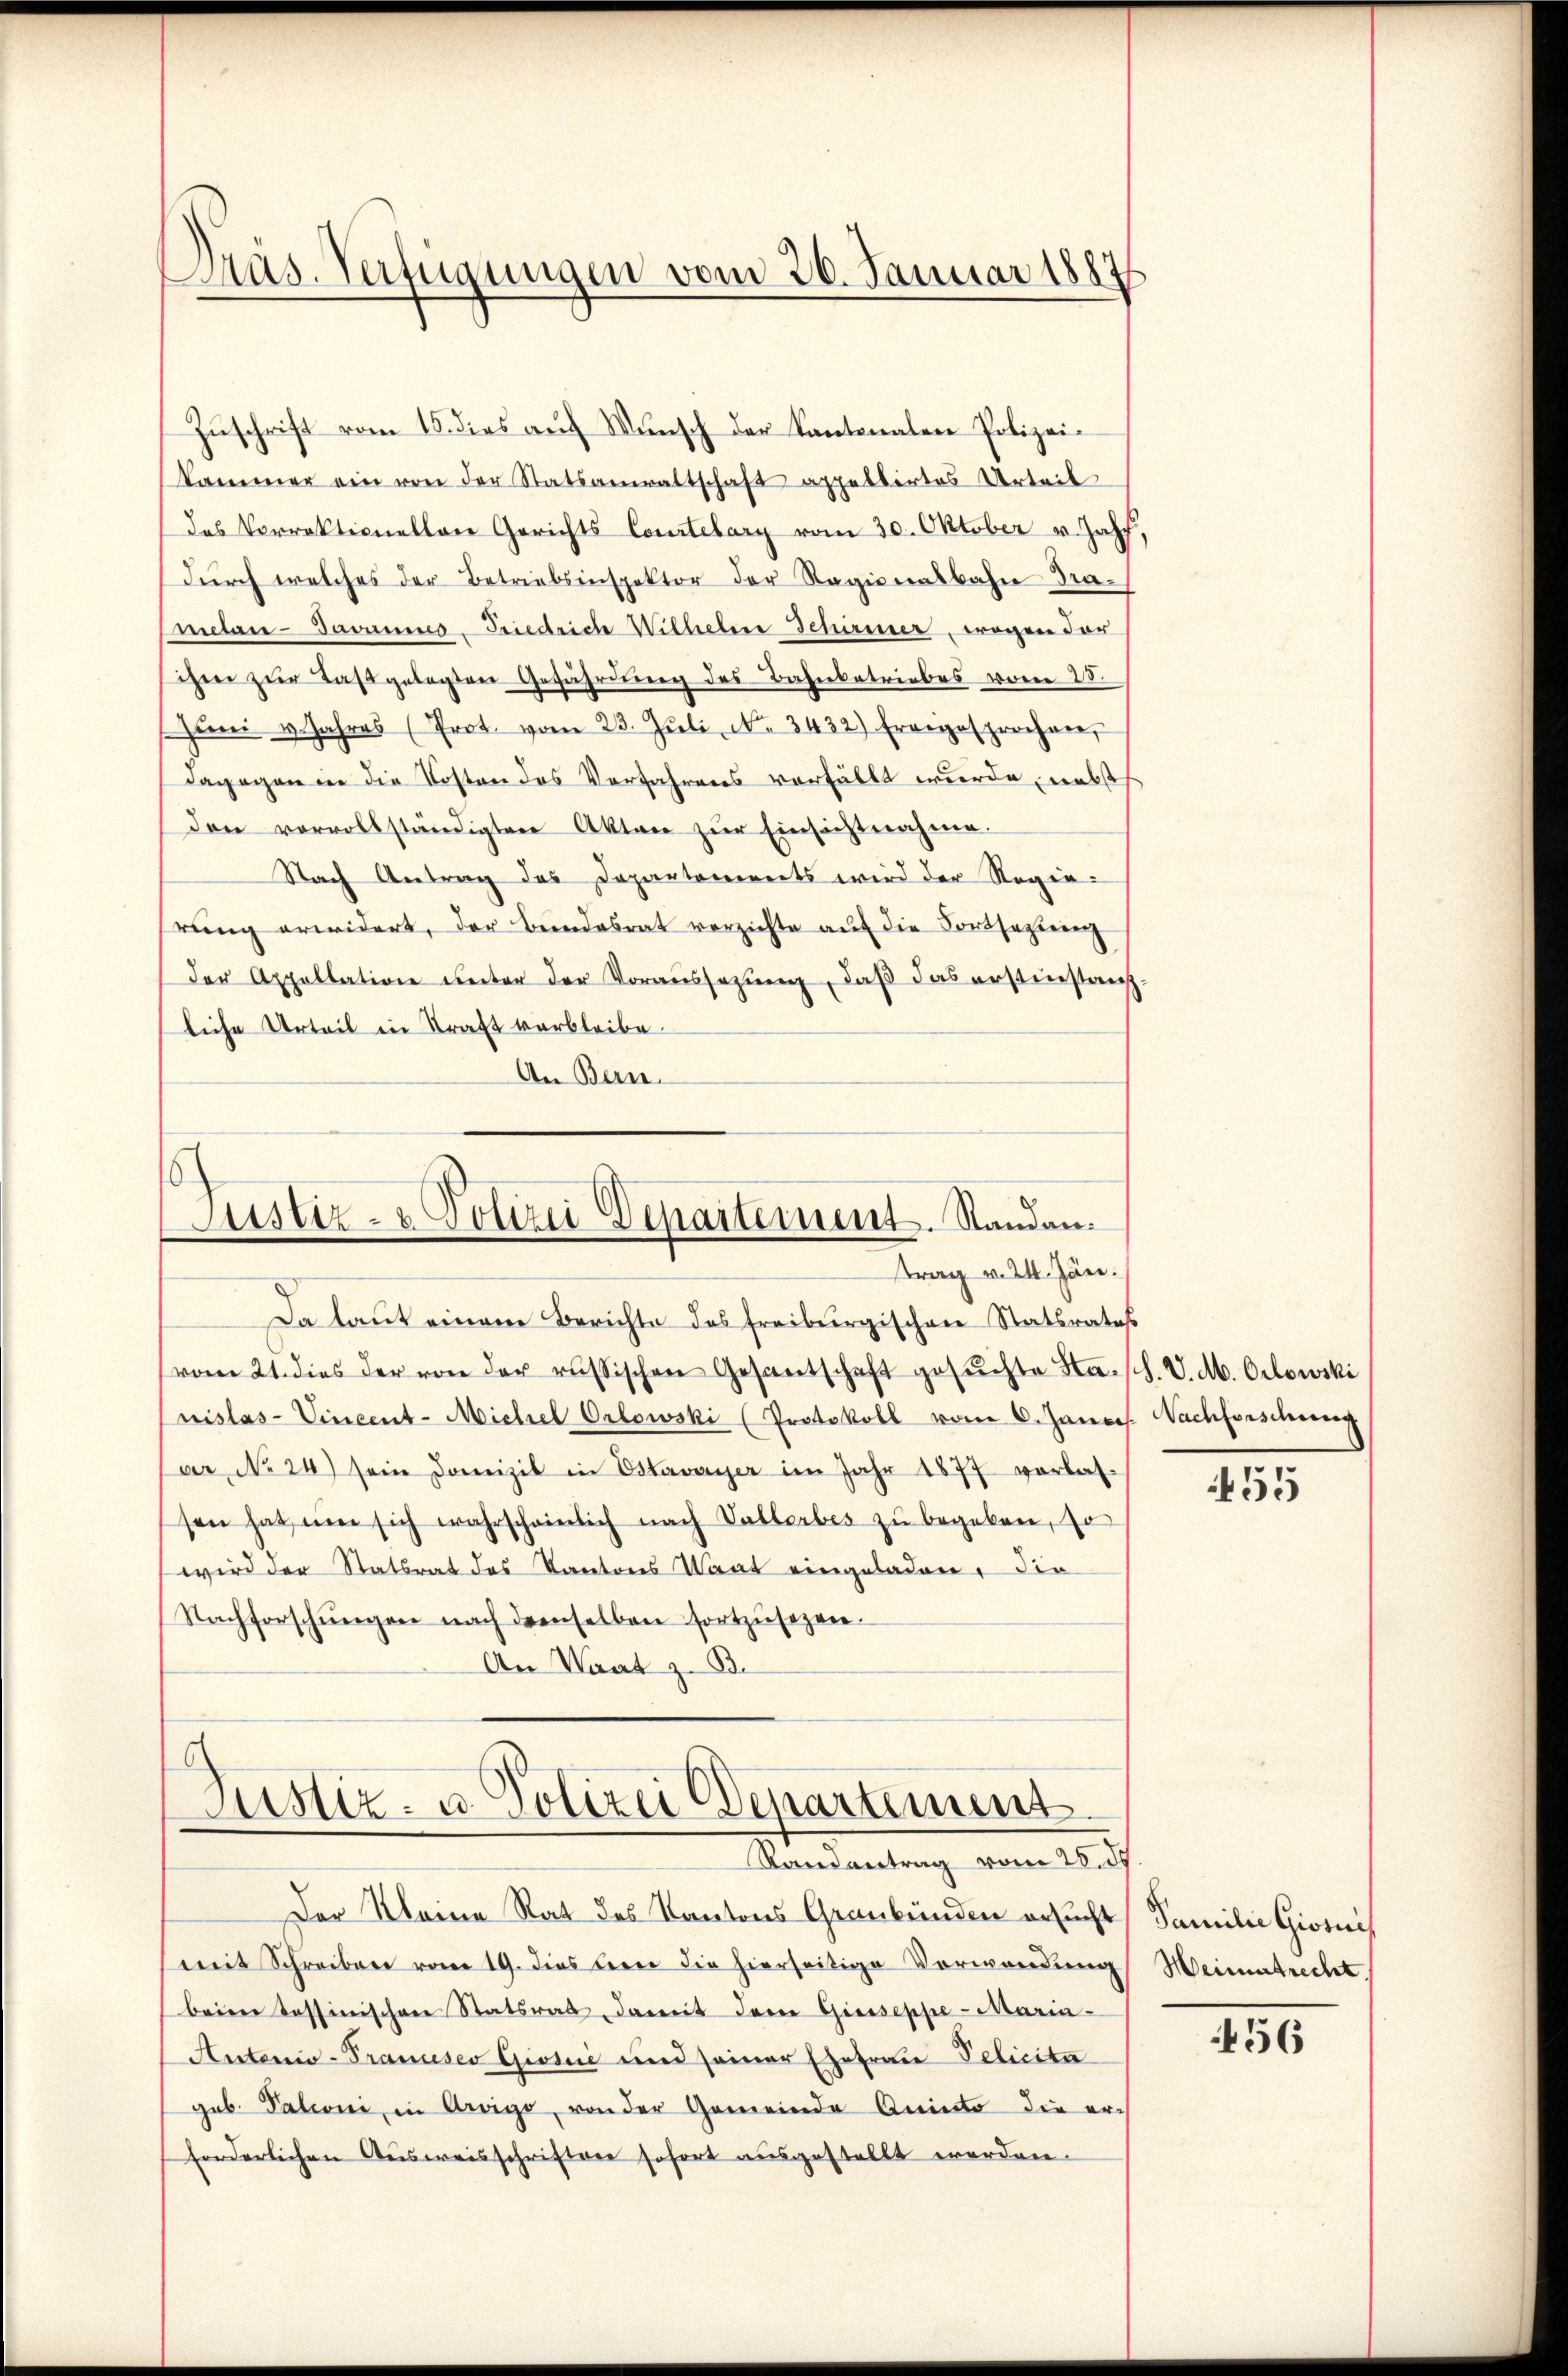
Dräs. Verfügungen vom 26. Januar 1887

Zŭschrift vom 15. dies auf Wunsch der Kantonalen Polizeikammer ein von der Statsanwaltschaft appellirtes Urteil
das Vorrektionellen Gerichts Courtelary vom 30. Oktober v. Jahr,
dŭrch welches der Betriebsinspektor der Ragionalbahn drameter- Javannes- Friedrich Wilhelm Schirmer, wegen der
chen zur Tas gelegten Gefahrung des Bahnbetriebes vom 25.
Jŭni 4 Jahres (Prot. vom 23. Jŭli, No. 3432) Ereigesprochen,
dagegen in die Kosten des Verfahrens verfällt wurde, nebst
den vorvollständigten Akten zur Einsichtnahme.
Nach Antrag des Departements wird der Regierŭng erwidert, der Bundesrat verzichte aŭf die Fortsetzung
Der Appellation ŭnter der Voraŭssetzŭng, daβ das erstinstanz-
liche Urteil in Kraft verbleibe.
An Bern.

.
Justiz- & Polizei Departement. Standen.
trag v. 24. Jän

Da laut einem Berichte des Freiburgischen Statsrates
(vom 21. dies der von der russischen Gesantschaft gesuchte Sta-sch. V. Ab. Octowski
Crislas- Vincent- Michel Orlowski (Protokoll vom 6. Janes. Nachforschung
ar No 24) sein Domizil in Estavayer im Jahr 1877 verlas-
sen hat, um sich wahrscheinlich nach Vallerbes zŭ begeben, so
wird der Statsrat des Kantons Wart eingeladen, die
Nachforschŭngen nach demselben fortzŭsezen.
An Waat z. B.

Justiz- u. Polizei Departement.
Randantrag vom 26. ds.

Der Kleine Rat des Kantons Graubünden ersucht
mit Schreiben vom 19. dies bien die hierseitige Verwendŭng
beim Tessinischen Statsrat, damit der Giesseppe-Maria-
Antanis-Tranuses Giosi und seiner Ehefrau Pelicita
geb. Palioni in Arvigo, von der Gemeinde Aninto die erforderlichen Ausweisschriften sofort ausgestellt worden.

455

Familie Giosuch
Heimatrecht.

456